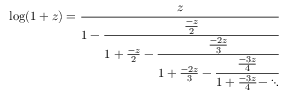
\log ( 1 + z ) = { \cfrac { z } { 1 - { \cfrac { \frac { - z } { 2 } } { 1 + { \frac { - z } { 2 } } - { \cfrac { \frac { - 2 z } { 3 } } { 1 + { \frac { - 2 z } { 3 } } - { \cfrac { \frac { - 3 z } { 4 } } { 1 + { \frac { - 3 z } { 4 } } - \ddots } } } } } } } }